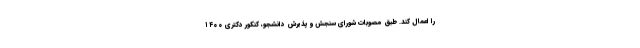
را اعمال کند. طبق مصوبات شورای سنجش و پذیرش دانشجو، کنکور دکتری ۱۴۰۰